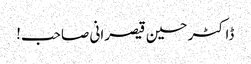
ڈاکٹر حسین قیصرانی صاحب!